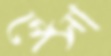
পেসা